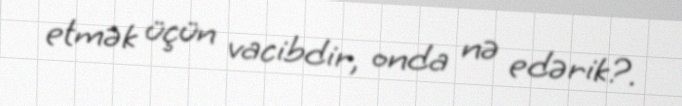
etmək üçün vacibdir, onda nə edərik?.